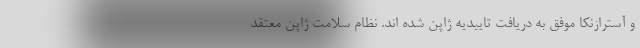
و آسترازنکا موفق به دریافت تاییدیه ژاپن شده اند. نظام سلامت ژاپن معتقد